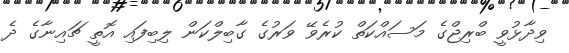
ވިދާޅުވީ ބްރިޖްގެ މަސައްކަތް ކުރެވޭ ވަރުގެ ގާބިލްކަން ލިބިފައި އޮތީ ޗައިނާގެ ދެ